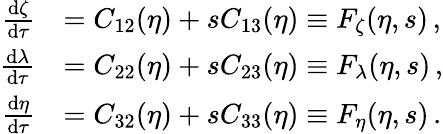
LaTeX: \begin{array}{rl}{\frac{\mathrm{d}\zeta}{\mathrm{d}\tau}}&{=C_{12}(\eta)+sC_{13}(\eta)\equiv F_{\zeta}(\eta,s)\, ,}\\ {\frac{\mathrm{d}\lambda}{\mathrm{d}\tau}}&{=C_{22}(\eta)+sC_{23}(\eta)\equiv F_{\lambda}(\eta,s)\, ,}\\ {\frac{\mathrm{d}\eta}{\mathrm{d}\tau}}&{=C_{32}(\eta)+sC_{33}(\eta)\equiv F_{\eta}(\eta,s)\, .}\end{array}